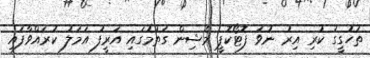
ތަހުގީގު ކުރި އިރު ނުވަ ފޮޓޯކޮޕީ މެޝިން ގަތުމުގައި އަރީފު އަމަލު ކުރައްވާފައި